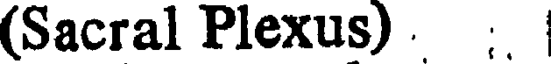
(Sacral Plexus) . :.